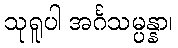
သုရူပါ အင်္ဂသမ္ပန္နာ၊